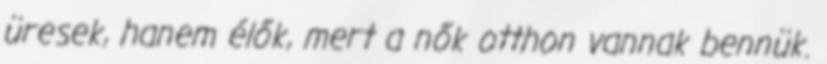
üresek, hanem élők, mert a nők otthon vannak bennük.